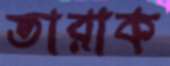
তারাক